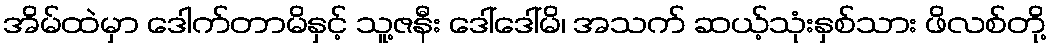
အိမ်ထဲမှာ ဒေါက်တာမိနှင့် သူ့ဇနီး ဒေါ်ဒေါ်မိ၊ အသက် ဆယ့်သုံးနှစ်သား ဖိလစ်တို့